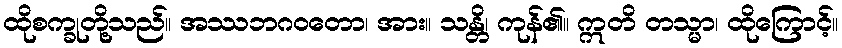
ထိုစက္ခုတို့သည်။ အဿဘဂဝတော၊ အား။ သန္တိ၊ ကုန်၏။ ဣတိ တသ္မာ၊ ထိုကြောင့်။